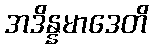
အဒိန္နမာဒေတိ